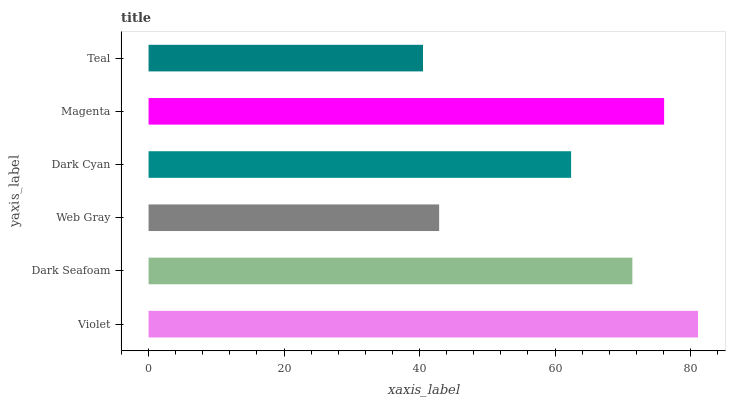
| yaxis_label | bars |
 | --- | --- |
 | Violet | 81.1 |
 | Dark Seafoam | 71.4 |
 | Web Gray | 42.9 |
 | Dark Cyan | 62.4 |
 | Magenta | 76.1 |
 | Teal | 40.5 |